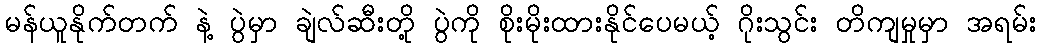
မန်ယူနိုက်တက် နဲ့ ပွဲမှာ ချဲလ်ဆီးတို့ ပွဲကို စိုးမိုးထားနိုင်ပေမယ့် ဂိုးသွင်း တိကျမှုမှာ အရမ်း